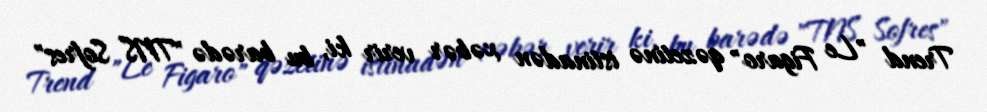
Trend "Le Figaro" qəzetinə istinadən xəbər verir ki, bu barədə "TNS Sofres"